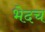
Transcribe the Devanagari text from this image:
भेदच